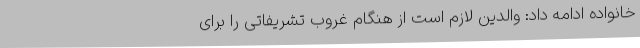
خانواده ادامه داد: والدین لازم است از هنگام غروب تشریفاتی را برای